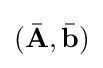
({\bar {\mathbf {A} }},{\bar {\mathbf {b} }})